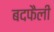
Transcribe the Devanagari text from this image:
बदफैली